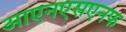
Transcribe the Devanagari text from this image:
आएनएसएनफ